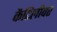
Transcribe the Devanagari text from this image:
कैटिलीवर